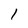
Character: 1